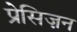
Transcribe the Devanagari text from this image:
प्रेसिज़न